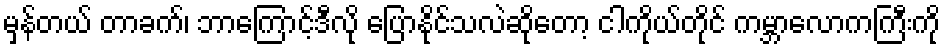
မှန်တယ် တာခက်၊ ဘာကြောင့်ဒီလို ပြောနိုင်သလဲဆိုတော့ ငါကိုယ်တိုင် ကမ္ဘာလောကကြီးကို